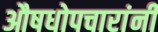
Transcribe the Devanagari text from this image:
औषधोपचारांनी